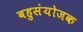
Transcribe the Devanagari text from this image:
बहुसंयोजक